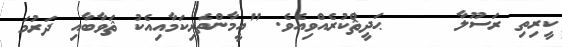
ކީރިތި ރަސޫލާ     ޙަދީޘްކުރެއްވިއެވެ. "އީމާންތެރިކަމާއިއެކު ޘަވާބާއި ދަރުމަ